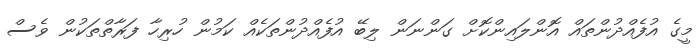
މީގެ އުފެއްދުންތައް އޮންލައިންކޮށް ގަންނަން ލިބޭ އުފެއްދުންތަކެއް ކަމުން ހުރިހާ ފަރާތްތަކުން ވެސް